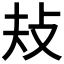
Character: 𢻳